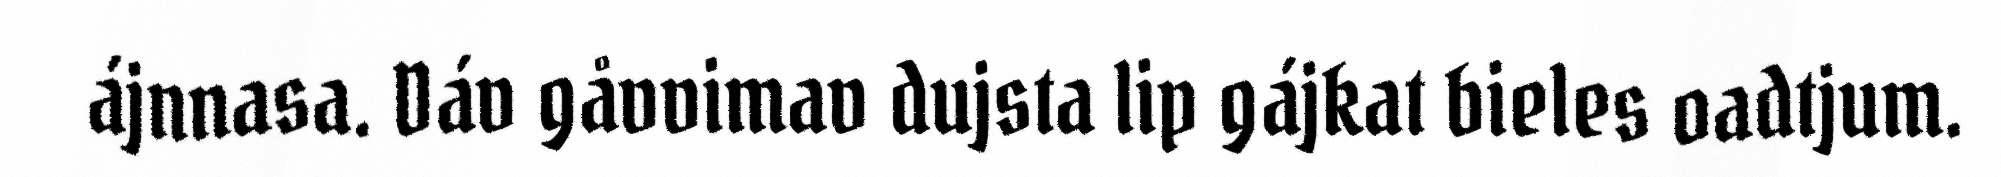
ájnnasa. Dáv gåvvimav dujsta lip gájkat bieles oadtjum.